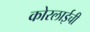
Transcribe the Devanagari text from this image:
कोरलाईची